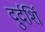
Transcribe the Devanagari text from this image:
दुर्दर्शि